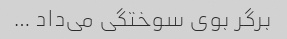
برگر بوی سوختگی می‌داد …